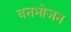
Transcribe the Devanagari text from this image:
वनभोजन